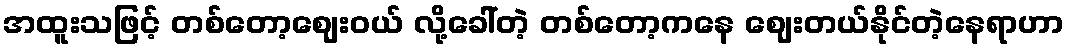
အထူးသဖြင့် တစ်တော့ဈေးဝယ် လို့ခေါ်တဲ့ တစ်တော့ကနေ ဈေးတယ်နိုင်တဲ့နေရာဟာ